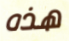
هذه